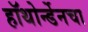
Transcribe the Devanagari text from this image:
हॉथोर्न्डेनचा